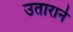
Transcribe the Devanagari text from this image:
उताराने